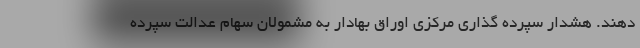
دهند. هشدار سپرده گذاری مرکزی اوراق بهادار به مشمولان سهام عدالت سپرده